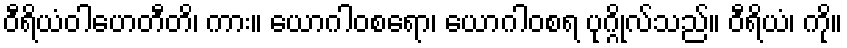
ဝီရိယံဝါဟေတီတိ၊ ကား။ ယောဂါဝစရော၊ ယောဂါဝစရ ပုဂ္ဂိုလ်သည်။ ဝီရိယံ၊ ကို။